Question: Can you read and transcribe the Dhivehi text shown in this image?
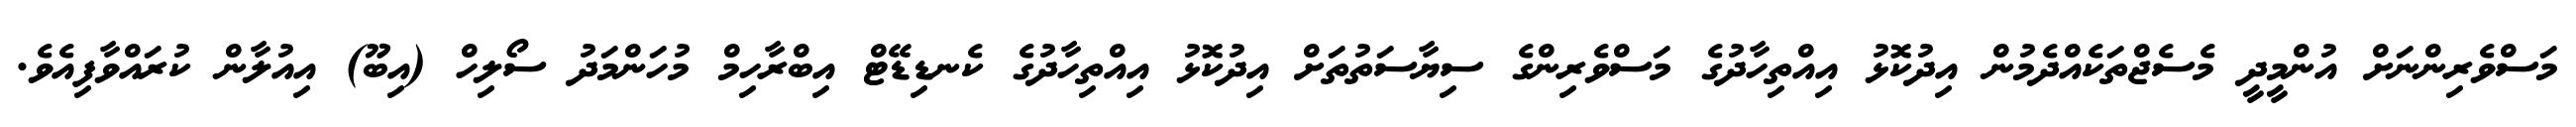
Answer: މަސްވެރިންނަށް އުންމީދީ މެސެޖްތަކެއްދެމުން އިދުކޮޅު އިއްތިހާދުގެ މަސްވެރިންގެ ސިޔާސަތުތަށް އިދުކޮޅު އިއްތިހާދުގެ ކެނޑިޑޭޓް އިބްރާހިމް މުހަންމަދު ސޯލިހް (އިބޫ) އިއުލާން ކުރައްވާފިއެވެ.